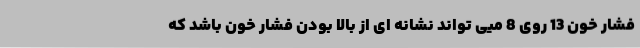
فشار خون 13 روی 8 میی تواند نشانه ای از بالا بودن فشار خون باشد که